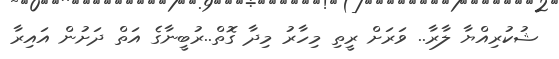
ޝުކުރިއްޔާ ލާރާ.. ވަރަށް ރީތި މިހާރު މިދާ ގޮތް..ރުބީނާގެ އަތް ދަށުން އައިރާ